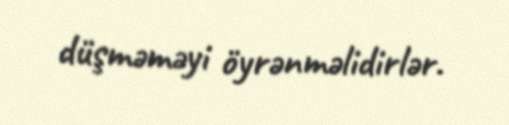
düşməməyi öyrənməlidirlər.